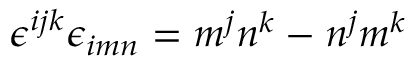
\epsilon ^ { i j k } \epsilon _ { i m n } = \d _ { m } ^ { j } \d _ { n } ^ { k } - \d _ { n } ^ { j } \d _ { m } ^ { k }